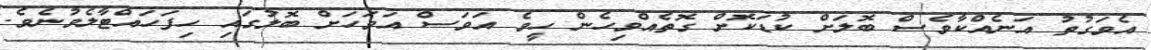
އެވަގުތު އަނެއްކާވެސް ބޮލަށް ކުޑަކޮށް ގޮތެއްވިހެން ހީވެ އަވަސް އަވަހަށް ބޮލުގައި ހިފަހައްޓާލެވުނެވެ.